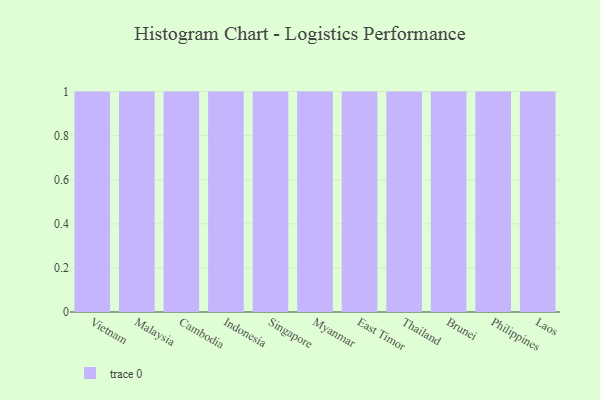
{"axis": {"x": "Country", "y": "Churn Rate (%)"}, "legend": [""], "data": [{"x": "Vietnam", "y": 73, "type": ""}, {"x": "Malaysia", "y": 97, "type": ""}, {"x": "Cambodia", "y": 20, "type": ""}, {"x": "Indonesia", "y": 8, "type": ""}, {"x": "Singapore", "y": 20, "type": ""}, {"x": "Myanmar", "y": 53, "type": ""}, {"x": "East Timor", "y": 87, "type": ""}, {"x": "Thailand", "y": 35, "type": ""}, {"x": "Brunei", "y": 64, "type": ""}, {"x": "Philippines", "y": 67, "type": ""}, {"x": "Laos", "y": 91, "type": ""}]}